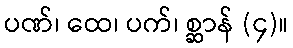
ပဏ်၊ ထေ၊ ပက်၊ စ္ဆာန် (၄)။